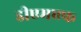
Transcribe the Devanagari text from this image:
डीएमएफ